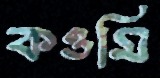
কওমি